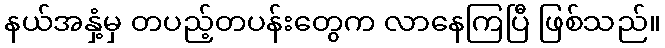
နယ်အနှံ့မှ တပည့်တပန်းတွေက လာနေကြပြီ ဖြစ်သည်။